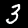
Digit: 3